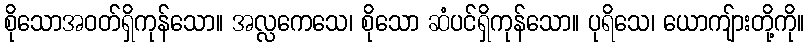
စိုသောအဝတ်ရှိကုန်သော။ အလ္လကေသေ၊ စိုသော ဆံပင်ရှိကုန်သော။ ပုရိသေ၊ ယောကျ်ားတို့ကို။